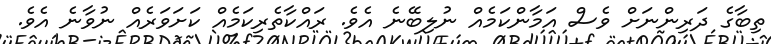
ތިބާގެ ދަރިންނަށް ވެސް އަމާންކަމެއް ނުލިބޭނެ އެވެ. ރައްކާތެރިކަމެއް ކަށަވަރެއް ނުވާނެ އެވެ.